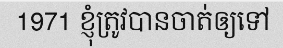
1971 ខ្ញុំត្រូវបានចាត់ឲ្យទៅ